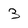
Character: 3